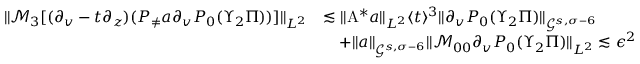
\begin{array} { r l } { \| \mathcal { M } _ { 3 } [ ( \partial _ { v } - t \partial _ { z } ) ( P _ { \neq } a \partial _ { v } P _ { 0 } ( \Upsilon _ { 2 } \Pi ) ) ] \| _ { L ^ { 2 } } } & { \lesssim \| \mathrm { A } ^ { * } a \| _ { L ^ { 2 } } \langle t \rangle ^ { 3 } \| \partial _ { v } P _ { 0 } ( \Upsilon _ { 2 } \Pi ) \| _ { \mathcal { G } ^ { s , \sigma - 6 } } } \\ & { \quad + \| a \| _ { \mathcal { G } ^ { s , \sigma - 6 } } \| \mathcal { M } _ { 0 0 } \partial _ { v } P _ { 0 } ( \Upsilon _ { 2 } \Pi ) \| _ { L ^ { 2 } } \lesssim \epsilon ^ { 2 } } \end{array}